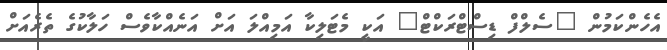
އެހެންކަމުން "ސެލްފް ޑިސްޓްރަކްޓް" އަކީ މެޓަލިކާ އަމިއްލަ އަށް އަނެއްކާވެސް ހަލާކުގެ ތެރެއަށް